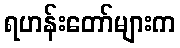
ရဟန်းတော်များက